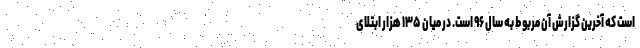
است که آخرین گزارش آن مربوط به سال ۹۶ است. در میان ۱۳۵ هزار ابتلای